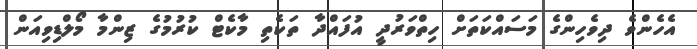
އެހެންވެ ދިވެހިންގެ މަސައްކަތަށް ހިތްވަރުދީ އުފައްދާ ތަކެތި މާކެޓް ކުރުމުގެ ޒިންމާ މޯލްޑިވިއަން